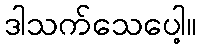
ဒါသက်သေပေါ့။